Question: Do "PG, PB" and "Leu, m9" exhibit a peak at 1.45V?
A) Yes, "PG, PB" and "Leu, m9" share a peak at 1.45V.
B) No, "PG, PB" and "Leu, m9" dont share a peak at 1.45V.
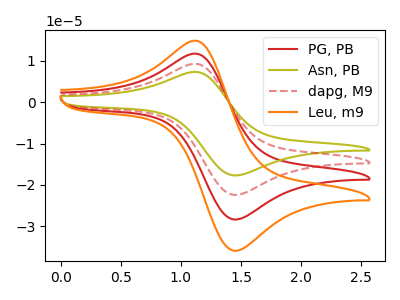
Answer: <think>The red curve "PG, PB" has an anodic peak at (1.15V, 11.65uA) and a cathodic peak at (1.45V, -28.40uA). The olive curve "Asn, PB" has an anodic peak at (1.15V, 35.00uA) and a cathodic peak at (1.45V, -85.25uA). The red dashed curve "dapg, M9" has an anodic peak at (1.15V, 23.35uA) and a cathodic peak at (1.45V, -56.80uA). The orange curve "Leu, m9" has an anodic peak at (1.15V, 14.75uA) and a cathodic peak at (1.45V, -35.95uA).</think>
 <answer>A) Yes, "PG, PB" and "Leu, m9" share a peak at 1.45V.</answer>
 <eval>A</eval>